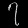
Digit: ၇